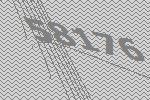
58176